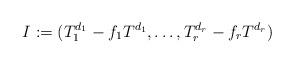
LaTeX: \begin{align*}I:=(T_1^{d_1}-f_1T^{d_1},\dots,T_r^{d_r}-f_rT^{d_r})\end{align*}